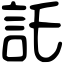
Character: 託